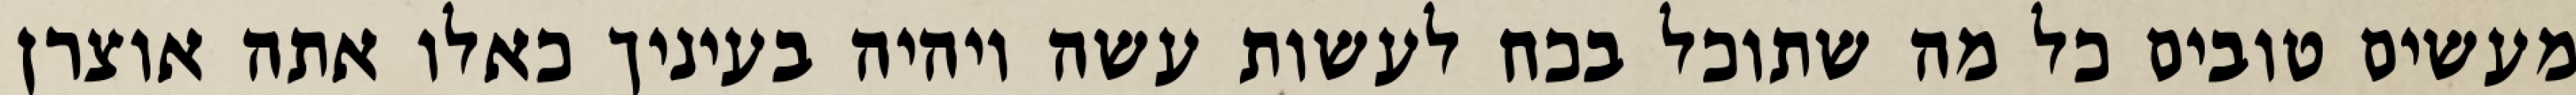
מעשים טובים כל מה שתוכל בכח לעשות עשה ויהיה בעיניך כאלו אתה אוצרן